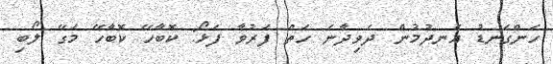
ހަންގަނޑު އެނދުމުން ދެވިދާނެ ހަތް ފަރުވާ ފަޅޯ: ކޮބާހޭ ކޮބާހޭ މަގޭ ލޯބި